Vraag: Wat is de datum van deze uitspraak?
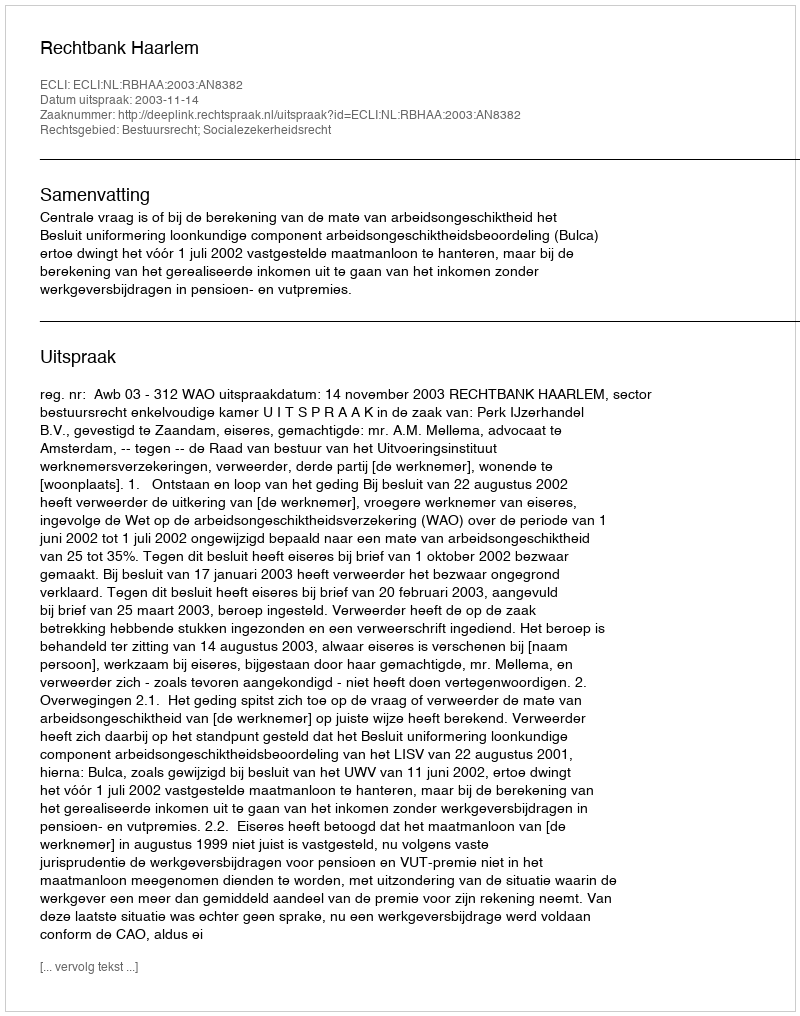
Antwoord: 2003-11-14